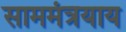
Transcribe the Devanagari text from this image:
साममंत्रयाय